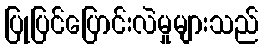
ပြုပြင်ပြောင်းလဲမှုများသည်